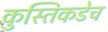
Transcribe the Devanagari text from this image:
कुस्तिकडेच